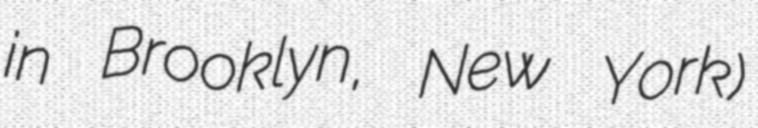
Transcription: in Brooklyn, New York)